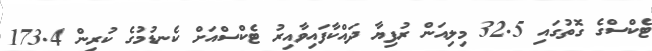
ޓެކްސްގެ ގޮތުގައި 32.5 މިލިއަން ރުފިޔާ ދައްކާފައިވާއިރު ޓެކްސްއަށް ކެނޑުމުގެ ކުރިން 173.4